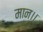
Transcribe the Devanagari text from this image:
मान।।